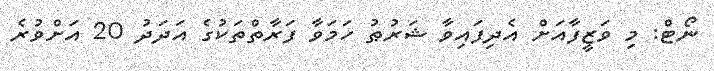
ނޯޓް: މި ވަޒީފާއަށް އެދިފައިވާ ޝަރުޠު ހަމަވާ ފަރާތްތަކުގެ އަދަދު 20 އަށްވުރެ